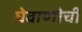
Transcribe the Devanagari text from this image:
घेवाणीची